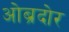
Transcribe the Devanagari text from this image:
ओब्रदोर